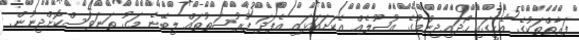
ފަރާތްތަކުގެ އެހީގައި ހޯދައިދިނުމުގެ އުޞޫލެއް އެކަށައަޅައި އެފަދަ ފުރުޞަތުތައް ލިބޭނެ މަގު ތަނަވަސްކޮށްދިނުން.